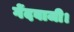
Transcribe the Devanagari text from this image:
गेंदबाजी।